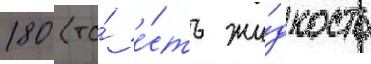
180 (то́ е́сть жи́дкость